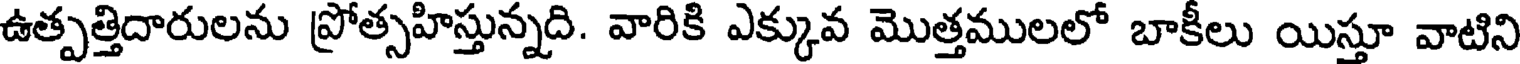
ఉత్పత్తిదారులను ప్రోత్సహిస్తున్నది. వారికి ఎక్కువ మొత్తములలో బాకీలు యిస్తూ వాటిని